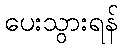
ပေးသွားရန်